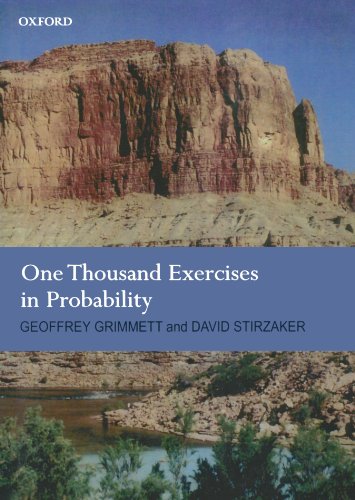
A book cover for One Thousand Exercises in Probability; Geoffrey R. Grimmett; Business & Money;